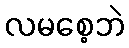
လမစေ့ဘဲ